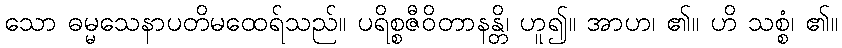
သော ဓမ္မသေနာပတိမထေရ်သည်။ ပရိစ္စဇီဝိတာနန္တိ၊ ဟူ၍။ အာဟ၊ ၏။ ဟိ သစ္စံ၊ ၏။